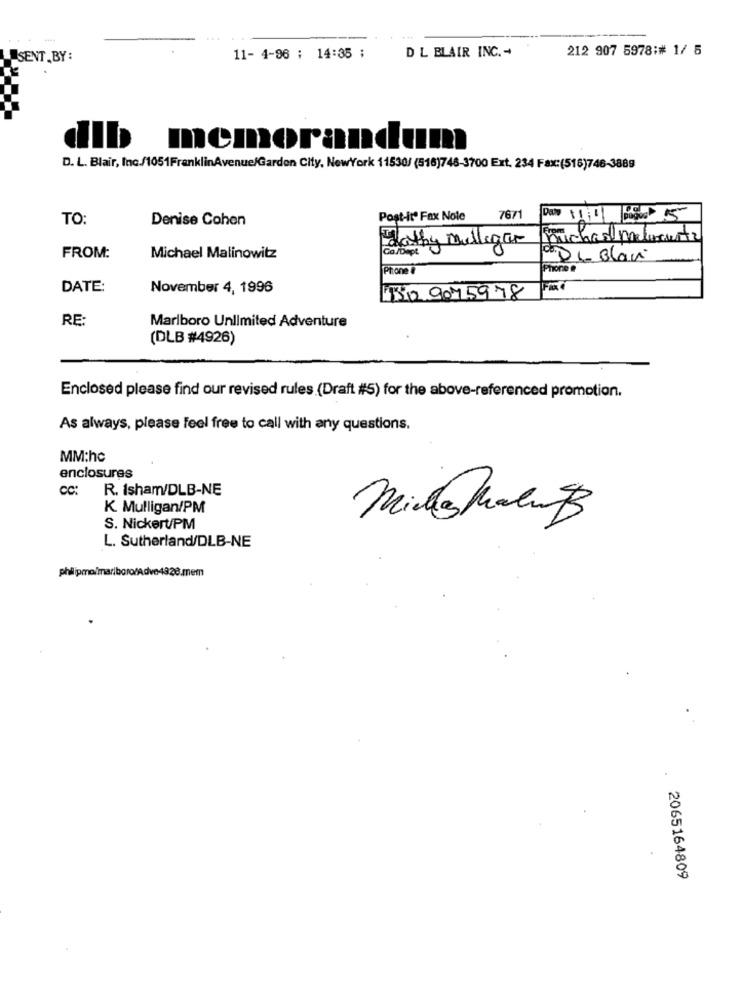
D L BLAIR INC. -
212 907 5978:# 1/ 5
SENT , BY :
11- 4-96 : 14:35 ;
memorandum
D. L. Blair, Inc./1051FranklinAvenue/Garden City, NewYork 11530/ (518)748-3700 Ext. 234 Fax:(516)746-3889
TO:
Denise Cohen
Post-itº Fax Note
7671
Cathy mulligan
muchas pelocuesta
FROM:
Michael Malinowitz
de: De Blan
Phone #
hore
DATE:
November 4, 1996
110 9075978
RE:
Marlboro Unlimited Adventure
(DLB #4926)
Enclosed please find our revised rules (Draft #5) for the above-referenced promotion.
As always, please feel free to call with any questions.
MM:hc
enclosures
cc:
R. Isham/DLB-NE
K Mulligan/PM
S. Nickert/PM
Min@MoiB
L. Sutherland/DLB-NE
2065164809